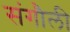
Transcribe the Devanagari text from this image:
संगौली